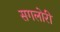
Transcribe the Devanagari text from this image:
सगलोरी